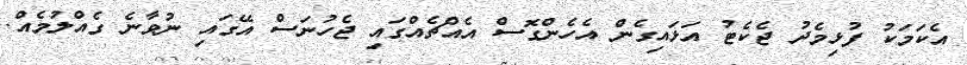
އެކަމަކު ފުޅިމެދު ޖެކެޓު އަޅައިގެން އެހެންގޮސް އެއްޗެއްގައި ޖެހުނަސް އޭގައި ނުވާނެ ގެއްލުމެއް.